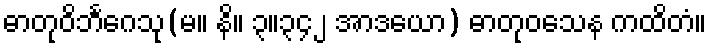
ဓာတုဝိဘင်္ဂေသု(မ။ နိ။ ၃။၃၄၂ အာဒယော) ဓာတုဝသေန ကထိတံ။